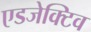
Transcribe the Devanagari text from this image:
एडजेक्टिव